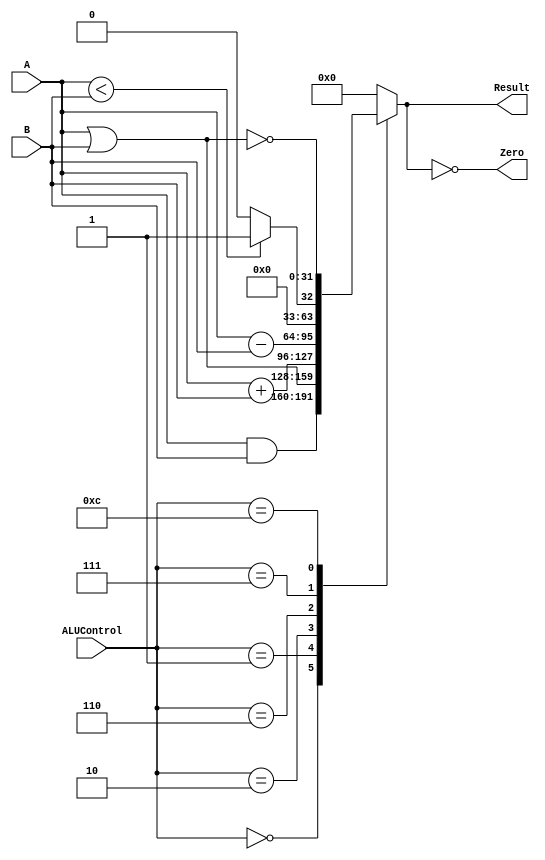
`timescale 1ns / 1ps
//////////////////////////////////////////////////////////////////////////////////
// Module Name: ALU
//////////////////////////////////////////////////////////////////////////////////


module ALU(Result, Zero, ALUControl, A, B);
input [31:0] A, B;
input [3:0] ALUControl;
output reg [31:0] Result;
output Zero;

assign Zero = (Result==0);
always @(ALUControl, A, B) begin
    case (ALUControl)
        0: Result <= A & B;
        1: Result <= A | B;
        2: Result <= A + B;
        6: Result <= A - B;
        7: Result <= A < B ? 31'd1: 31'd0;
        12: Result <= ~(A|B);
        default: Result <= 0;
    endcase
end
endmodule